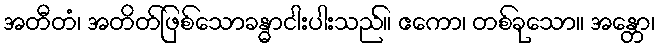
အတီတံ၊ အတိတ်ဖြစ်သောခန္ဓာငါးပါးသည်။ ဧကော၊ တစ်ခုသော။ အန္တော၊